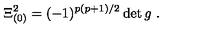
\Xi _ { ( 0 ) } ^ { 2 } = ( - 1 ) ^ { p ( p + 1 ) / 2 } \det g \ .